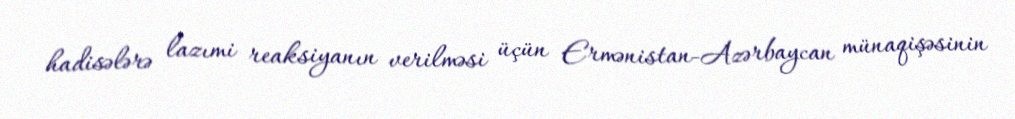
hadisələrə lazımi reaksiyanın verilməsi üçün Ermənistan-Azərbaycan münaqişəsinin